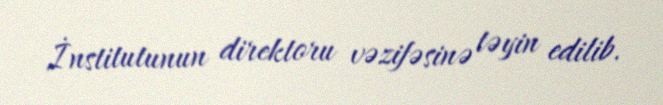
İnstitutunun direktoru vəzifəsinə təyin edilib.